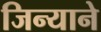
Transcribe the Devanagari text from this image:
जिन्याने